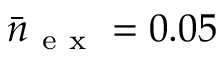
\bar { n } _ { \mathrm { ~ e ~ x ~ } } = 0 . 0 5